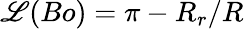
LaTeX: \mathscr{L}(Bo)=\pi-{R_{r}}/{R}